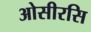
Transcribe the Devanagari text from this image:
ओसीरसि